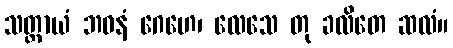
သတ္တာယံ ဘဝနံ ဂေဟေ၊ လေသေ တု ခလိတေ ဆလံ။